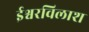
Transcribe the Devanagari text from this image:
ईश्वरविलाश